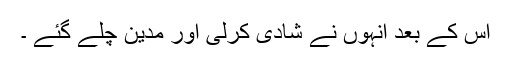
اس کے بعد انہوں نے شادی کرلی اور مدین چلے گئے ۔